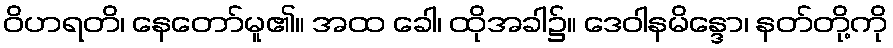
ဝိဟရတိ၊ နေတော်မူ၏။ အထ ခေါ၊ ထိုအခါ၌။ ဒေဝါနမိန္ဒော၊ နတ်တို့ကို